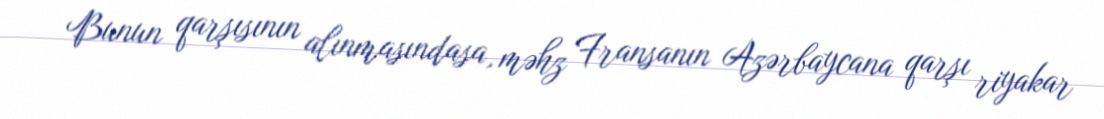
Bunun qarşısının alınmasındasa, məhz Fransanın Azərbaycana qarşı riyakar